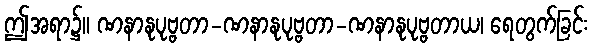
ဤအရာ၌။ ဏနာနုပုဗ္ဗတာ-ဏနာနုပုဗ္ဗတာ-ဏနာနုပုဗ္ဗတာယ၊ ရေတွက်ခြင်း